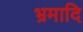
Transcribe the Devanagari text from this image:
भ्रमादि